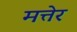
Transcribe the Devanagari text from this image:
मत्तेर